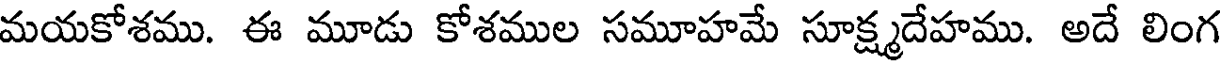
మయకోశము. ఈ మూడు కోశముల సమూహమే సూక్ష్మదేహము. అదే లింగ